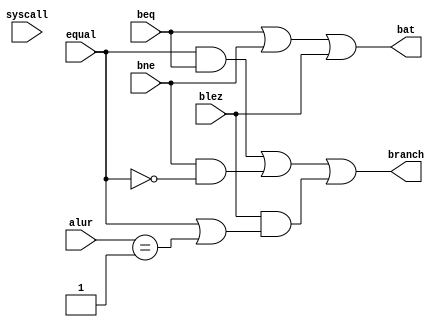
module branch_halt(
	beq,bne,blez,syscall,equal,alur,
	branch,bat
    );
	input beq,bne,blez,syscall,equal;
	input [31:0]alur;
	output branch,bat;
	assign bat = beq|bne|blez;
	assign branch = (equal&beq)|(bne&(~equal))|
		(blez&(equal|(alur==1)));
endmodule